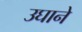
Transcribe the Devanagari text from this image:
उघाने